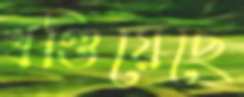
খণ্ডিয়েছে